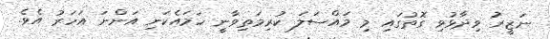
ނަޒީރު ވިދާޅުވި ގޮތުގައި މި މައްސަލަ ކުރިމަތިވާނީ ހަމައެކަނި އަންނަ އަހަރު އެވެ.